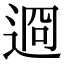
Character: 䢛